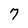
Character: 7